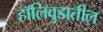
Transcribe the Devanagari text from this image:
हॉलिवुडातील